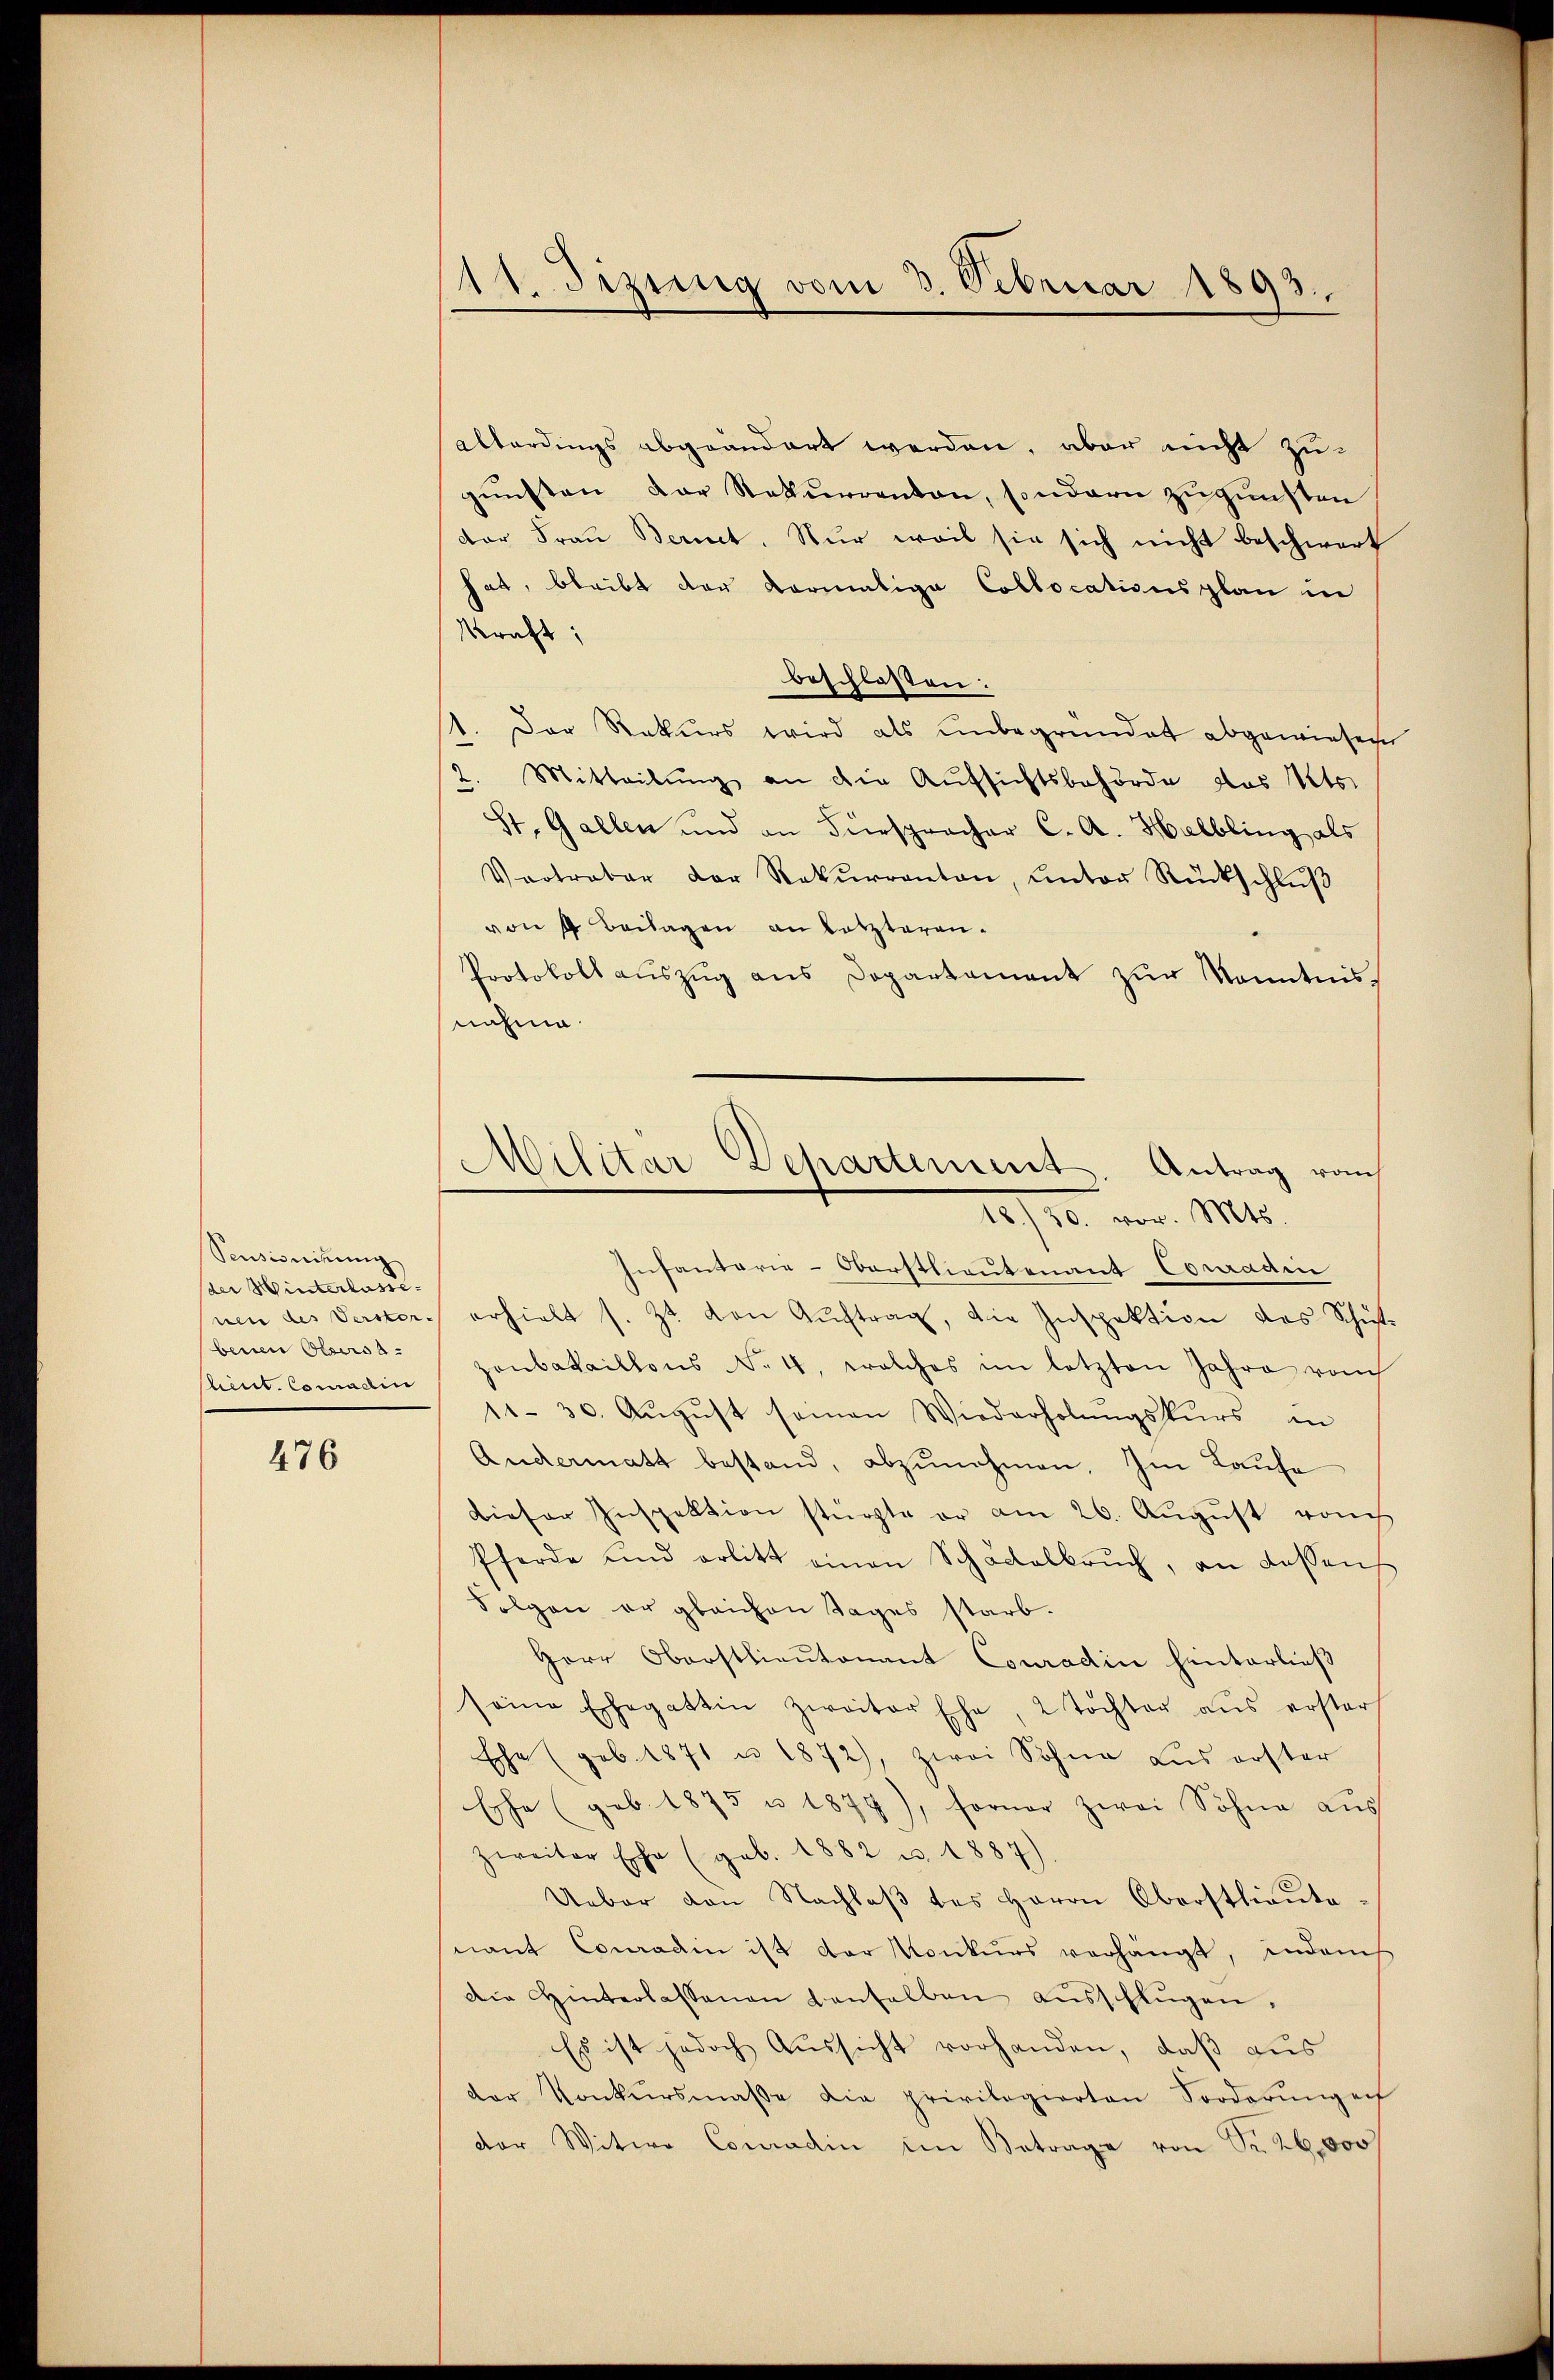
Pensionirung
(der Winterlasse
benen Obersa
Client. Comadlin

476

11. Sizung vom 3. Februar 1893.

allerdings abgeändert werden, aber nicht zugŭnsten der Rekurrenten, sondern zŭgŭnsten
dar Frau Bernet. Nur weil sie sich nicht beschwert
hat, bleibt der Kormalige Collocationsplan in
Kraft;
beschlossen:
1. Der Rekurs wird als unbegründet abgewiesen
Mitteilŭng an die Aufsichtsbehörde das Kts.
St. Gallen und an Fürspracher C. A. Helbling als
Vortraber der Rekŭrranton, ŭnter Rückschlŭβ
von 4 Beilagen an letzteren.
Protokoll auszug aus Departement zur Kenntnisnahme.
Infantarie-Oberstlieutenant Conradin
nen des Verster erhielt s. Zt. von Auftrag, die Inspektion das Schulzonbataillons No. 4, welches im letzten Jahre rauch
11. 30. Aŭgŭst seinen Wiederholŭngskurs in
Andermatt bestand, abzunehmen. Im Laufe
Dieser Inspektion stürzte er am 26. Aŭgŭst vom
Pferde und erlitt einen Schackelbrŭch, an dassen
Folgen er gleichen Tages starb.
Herr Oberstlieutenant Conradin hinterließ
seine Ehegattin zweiter Ehe, 2 Töchter aus ersters
Ehe (geb. 1871 u. 1872), zwei Sohne aŭs erster
Esche (geb. 1875 u. 1879), ferner zwei Söhne aŭs
zweiter Ehe (geb. 1882 u. 1887)
Ueber von Nachlaβ des Herrn Oberstlieute
nant Conradin ist der Konkurs vorhängt, indem
Die Hinterlassenen denselben aŭsschlügen.
Es ist jedoch Aussicht vorhanden, daß aus
der Konkursmaβe die privilegierten Sorderŭngen
der Witwe Conradin im Betrage von Sr. 26,000 f

Militar Departement. Antrag raus
18./30. vor. Mts.